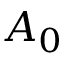
A _ { 0 }